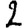
Digit: 2